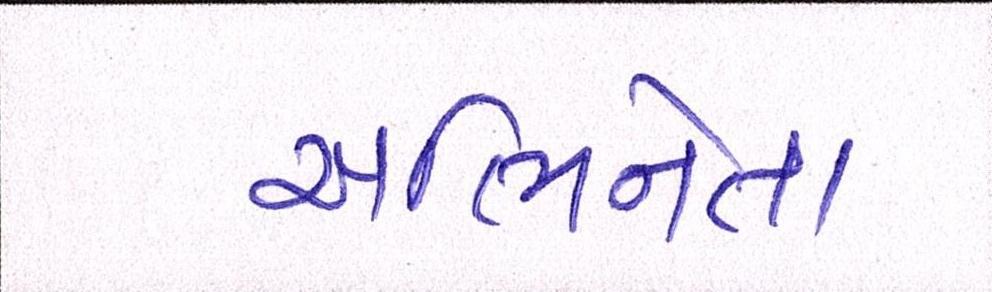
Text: અભિનેતા